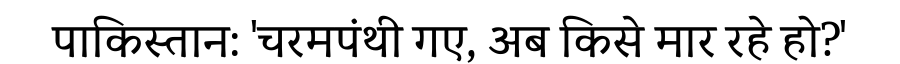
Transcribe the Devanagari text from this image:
पाकिस्तान: 'चरमपंथी गए, अब किसे मार रहे हो?'